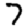
Digit: 7